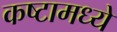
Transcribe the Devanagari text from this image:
कष्टामध्ये